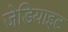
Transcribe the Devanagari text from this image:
जेडियाइट